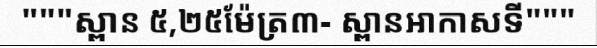
"""ស្ពាន ៥,២៥ម៉ែត្រ៣- ស្ពានអាកាសទី"""